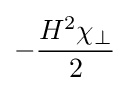
-{\frac {H^{2}\chi _{\perp }}{2}}